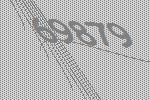
69879